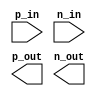
module differential_buffer (
    input p_in,     // Positive input signal
    input n_in,     // Negative input signal
    output p_out,   // Positive output signal
    output n_out    // Negative output signal
);

// Differential buffer implementation here

endmodule